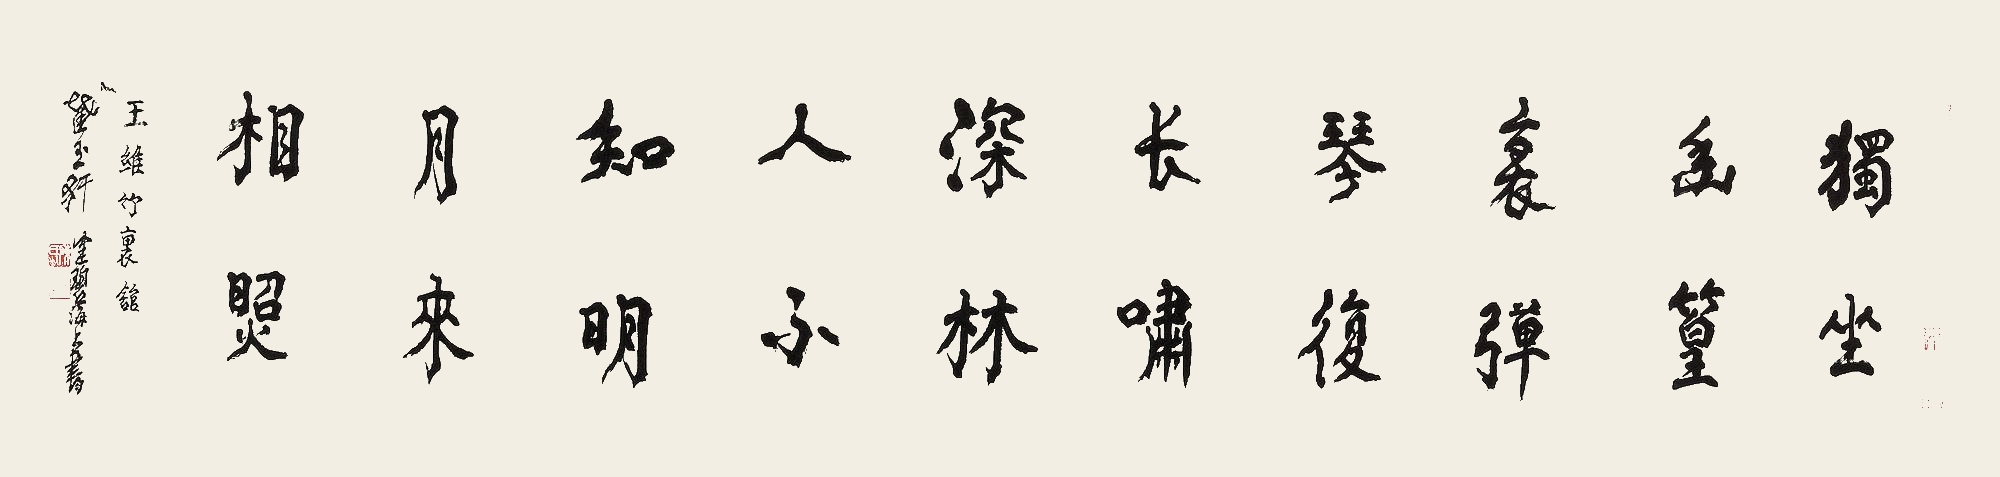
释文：独坐幽篁里，弹琴复长啸。深林人不知，明月来相照。王维《竹里馆》，截玉轩健碧海上书。